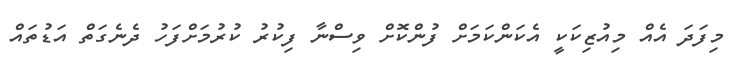
މިފަދަ އެއް މިއުޒިކަކީ އެކަންކަމަށް ފުންކޮށް ވިސްނާ ފިކުރު ކުރުމަށްފަހު ދެނެގަތް އަޑުތައް